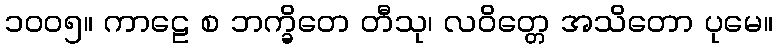
၁၀၀၅။ ကာဠေ စ ဘက္ခိတေ တီသု၊ လဝိတ္တေ အသိတော ပုမေ။